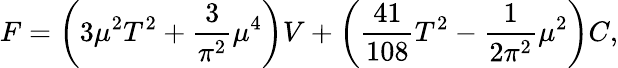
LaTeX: F=\left(3\mu^{2}T^{2}+{\frac{3}{\pi^{2}}}\mu^{4}\right)V+\left({\frac{41}{108}}T^{2}-{\frac{1}{2\pi^{2}}}\mu^{2}\right)C,